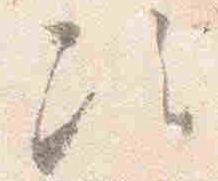
次